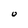
Character: O